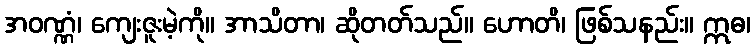
အဝဏ္ဏံ၊ ကျေးဇူးမဲ့ကို။ အာသိတာ၊ ဆိုတတ်သည်။ ဟောတိ၊ ဖြစ်သနည်း။ ဣဓ၊